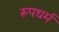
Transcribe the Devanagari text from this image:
रूपधर्म